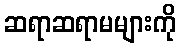
ဆရာဆရာမများကို